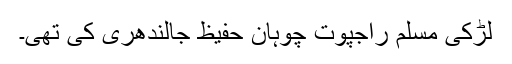
لڑکی مسلم راجپوت چوہان حفیظ جالندھری کی تھی۔